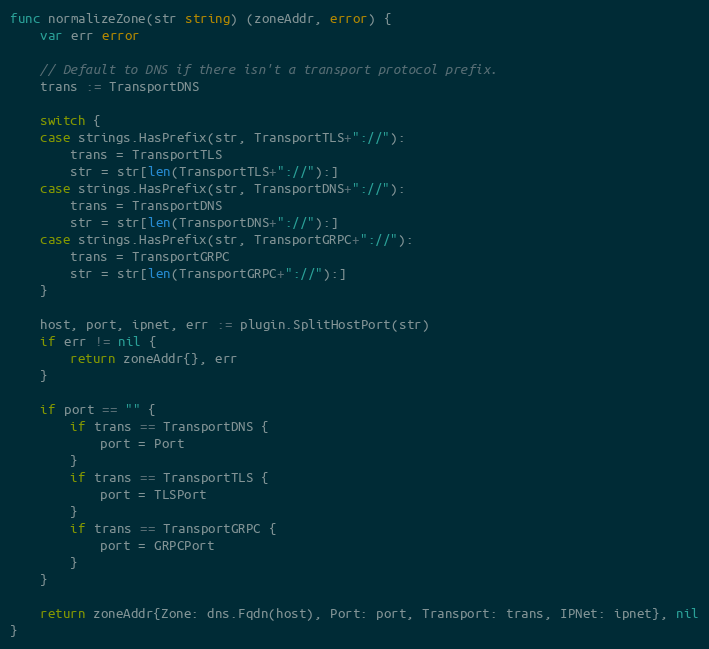
Language: Go
func normalizeZone(str string) (zoneAddr, error) {
	var err error

	// Default to DNS if there isn't a transport protocol prefix.
	trans := TransportDNS

	switch {
	case strings.HasPrefix(str, TransportTLS+"://"):
		trans = TransportTLS
		str = str[len(TransportTLS+"://"):]
	case strings.HasPrefix(str, TransportDNS+"://"):
		trans = TransportDNS
		str = str[len(TransportDNS+"://"):]
	case strings.HasPrefix(str, TransportGRPC+"://"):
		trans = TransportGRPC
		str = str[len(TransportGRPC+"://"):]
	}

	host, port, ipnet, err := plugin.SplitHostPort(str)
	if err != nil {
		return zoneAddr{}, err
	}

	if port == "" {
		if trans == TransportDNS {
			port = Port
		}
		if trans == TransportTLS {
			port = TLSPort
		}
		if trans == TransportGRPC {
			port = GRPCPort
		}
	}

	return zoneAddr{Zone: dns.Fqdn(host), Port: port, Transport: trans, IPNet: ipnet}, nil
}